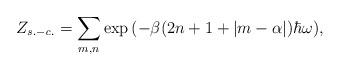
LaTeX: \begin{align*}Z_{\it s.-c.} =\sum_{m,n}\exp{(-\beta(2n+1+|m-\alpha|)\hbar\omega)},\end{align*}